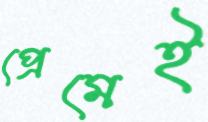
প্রেমেই